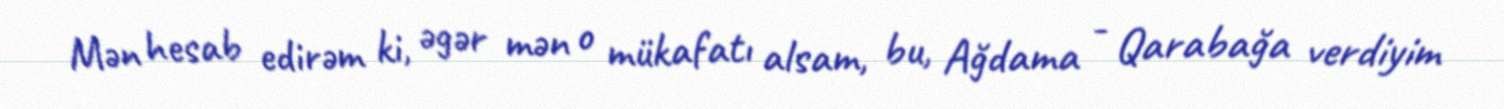
Mən hesab edirəm ki, əgər mən o mükafatı alsam, bu, Ağdama - Qarabağa verdiyim